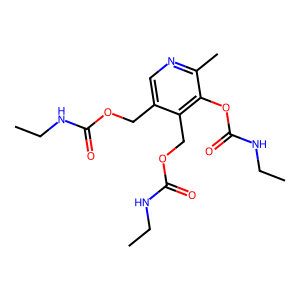
SMILES: CCNC(=O)OCc1cnc(C)c(OC(=O)NCC)c1COC(=O)NCC
Inhibits HIV replication: No